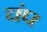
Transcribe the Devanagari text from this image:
चंप